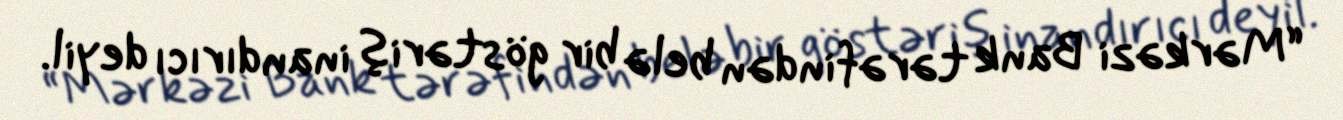
“Mərkəzi Bank tərəfindən belə bir göstəriş inandırıcı deyil.